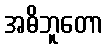
အဓိဘူတော